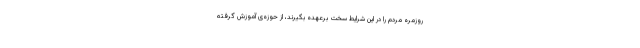
روزمره مردم را در این شرایط سخت برعهده بگیرند، از حوزه‌ی آموزش گرفته